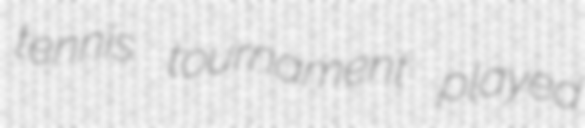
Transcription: tennis tournament played